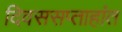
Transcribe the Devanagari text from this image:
दिवससप्ताहांत